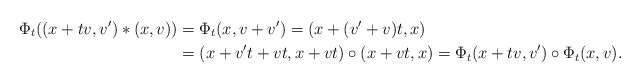
\begin{align*}\Phi_t ((x+tv,v') \ast (x,v)) & = \Phi_t(x, v+v') = (x+(v'+v)t,x) \cr& = (x+v't + vt, x+vt) \circ (x+vt,x) =\Phi_t(x+tv,v') \circ \Phi_t(x,v).\end{align*}